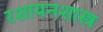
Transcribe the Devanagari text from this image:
रशायनशास्त्र